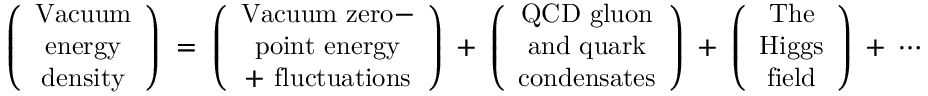
\left( \begin{array} { c } { { \mathrm { V a c u u m } } } \\ { { \mathrm { e n e r g y } } } \\ { { \mathrm { d e n s i t y } } } \end{array} \right) \; = \; \left( \begin{array} { c } { { \mathrm { V a c u u m ~ z e r o - } } } \\ { { \mathrm { p o i n t ~ e n e r g y } } } \\ { { \mathrm { + ~ f l u c t u a t i o n s } } } \end{array} \right) \; + \; \left( \begin{array} { c } { { \mathrm { Q C D ~ g l u o n } } } \\ { { \mathrm { a n d ~ q u a r k } } } \\ { { \mathrm { c o n d e n s a t e s } } } \end{array} \right) \; + \; \left( \begin{array} { c } { { \mathrm { T h e } } } \\ { { \mathrm { H i g g s } } } \\ { { \mathrm { f i e l d } } } \end{array} \right) \; + \; \cdots